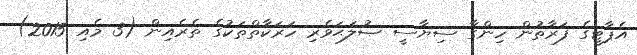
އެޕާޓީގެ ފަރާތުން ހިންގާ ސިޔާސީ ޞުލަޙަވެރި ހަރަކާތްތަކުގެ ތެރެއިން (3 މެއި 2015)